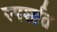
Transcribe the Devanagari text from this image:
स्पर्शात